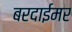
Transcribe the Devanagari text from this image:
बरदाईमर